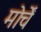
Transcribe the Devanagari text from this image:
मोर्चें